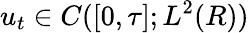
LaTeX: u_{t}\in C([0,\tau];L^{2}(R))